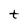
Character: t